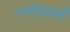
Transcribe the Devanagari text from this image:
उपविधाओं